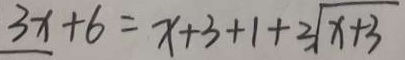
3 x + 6 = x + 3 + 1 + 3 \sqrt { x + 3 }